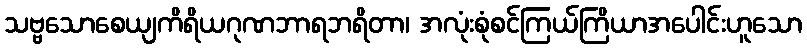
သဗ္ဗသောစေယျကိရိယဂုဏဘာရဘရိတာ၊ အလုံးစုံစင်ကြယ်ကြိယာအပေါင်းဟူသော